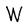
Character: W